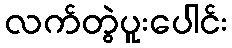
လက်တွဲပူးပေါင်း